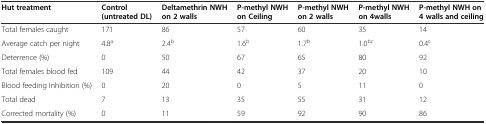
| Hut treatment | Control (untreated DL) | Deltamethrin NWH on 2 walls | P-methyl NWH on Ceiling | P-methyl NWH on 2 walls | P-methyl NWH on 4walls | P-methyl NWH on 4 walls and ceiling |
 | --- | --- | --- | --- | --- | --- | --- |
 | Total females caught | 171 | 86 | 57 | 60 | 35 | 14 |
 | Average catch per night | 4.8a | 2.4b | 1.6b | 1.7b | 1.0bc | 0.4c |
 | Deterrence (%) | 0 | 50 | 67 | 65 | 80 | 92 |
 | Total females blood fed | 109 | 44 | 42 | 37 | 20 | 10 |
 | Blood feeding Inhibition (%) | 0 | 20 | 0 | 5 | 11 | 0 |
 | Total dead | 7 | 13 | 35 | 55 | 31 | 12 |
 | Corrected mortality (%) | 0 | 11 | 59 | 92 | 90 | 86 |